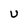
Character: U